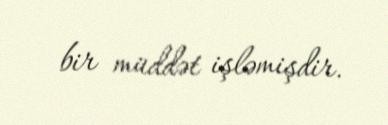
bir müddət işləmişdir.